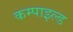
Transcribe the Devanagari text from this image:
कम्पाइल्ड